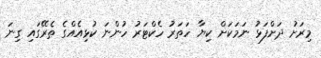
މިރަށު ދަށްފަޅު ނަމަކަށް ކިޔާ ހަތަރު ހެކްޓަރު ހުންނަ ކުޅިއެއްގެ ތެރޭގައި ގިނަ